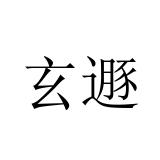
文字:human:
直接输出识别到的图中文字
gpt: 玄遯